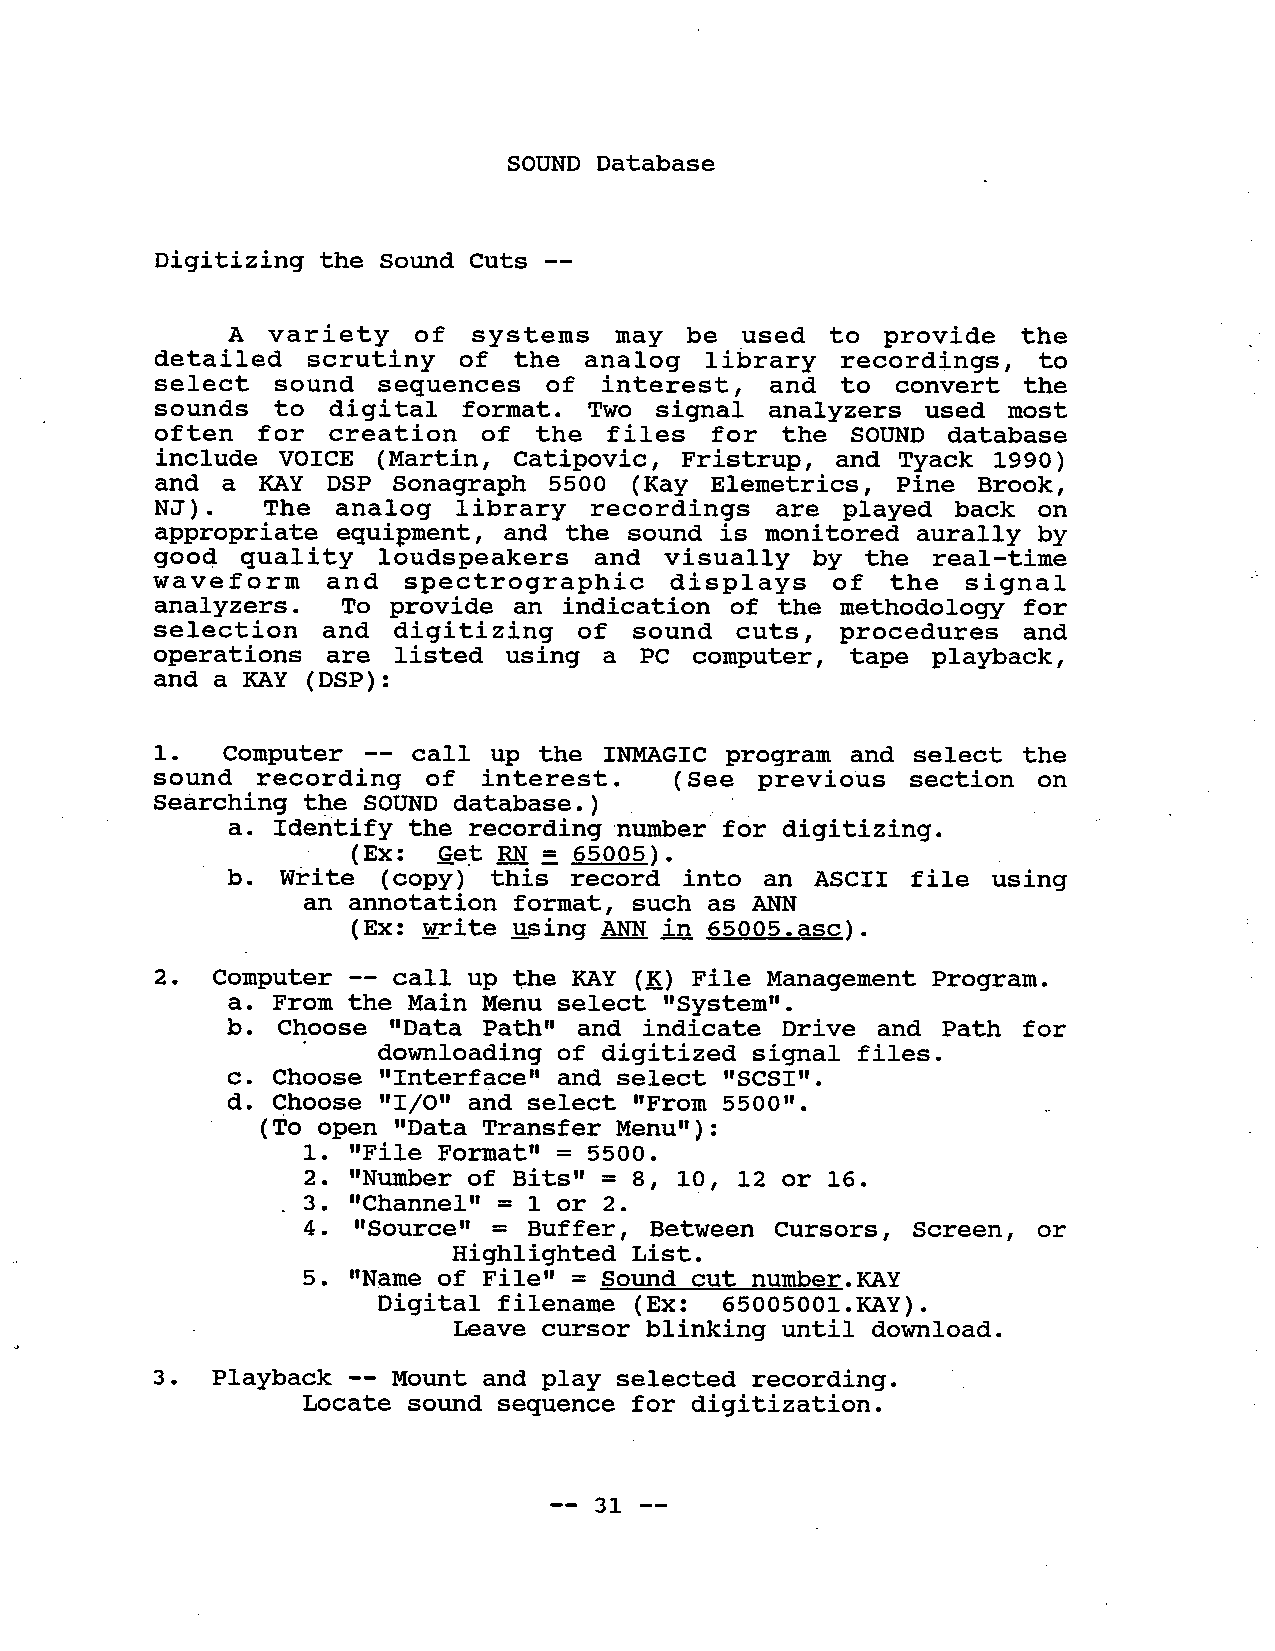
SOUND Database
 Digi tizing the Sound Cuts --
 A variety   of systems   may  be used  to  provide  the
 detailed  scrutiny  of  the analog  library  recordings,  to
 select  sound  sequences  of interest,   and to convert  the
 sounds  to digital  format. Two  signal analyzers  used most
 often  for creation   of the files  for  the SOUND  database
 include VOICE  (Martin, Catipovic, Fristrup, and Tyack 1990)
 and  a KAY DSP Sonagraph  5500 (Kay Elemetrics,  Pine Brook,
 NJ)  . The analog  library  recordings   are played  back on
 appropriate equipment, and the sound  is monitored aurally by
 good  quality loudspeakers    and  visually by the real-time
 waveform   and  spectrographic    displays   of the  signal
 analyzers.  To provide an indication  of the methodology  for
 selection  and  digitizing  of  sound cuts,  procedures  and
 operations  are listed using  a PC computer,  tape playback,
 and a KAY (DSP):
 1. Computer  -- call  up the INMGIC  program  and select the
 sound  recording  of  interest.  (See  previous  section  on
 Searching the SOUND database.)
 numer  for digitizing.
 a. Identify the recording
 (Ex: Get RN = 65005).
 b. write  (copy) this  record into an  ASCII file using
 an annotation format, such as ANN
 (Ex: write using AN in 65005. asc) .
 2. Computer -- call up the KAY (K) File Management Program.
 a. From the Main Menu select "System".
 b. Choose "Data  Path" and indicate Dri ve and Path  for
 . downloading  of digitized  signal files.
 c. Choose "Interface" and select "SCSI".
 d. Choose "I/O" and select "From 5500".
 (To open "Data Transfer Menu"):
 1. "File Format" = 5500.
 2. "Numer  of Bits" = 8, 10, 12 or 16.
 3. "Channel" = 1 or 2.
 4. "Source" =  Buffer, Between Cursors, Screen,  or
 Highlighted List.
 5. "Name of File" = Sound cut number.KAY
 Digital filename (Ex: 65005001.KAY).
 Leave cursor blinking until download.
 3 . Playback -- Mount and play selected recording.
 Locate sound sequence for digi tization.
 -- 31 --